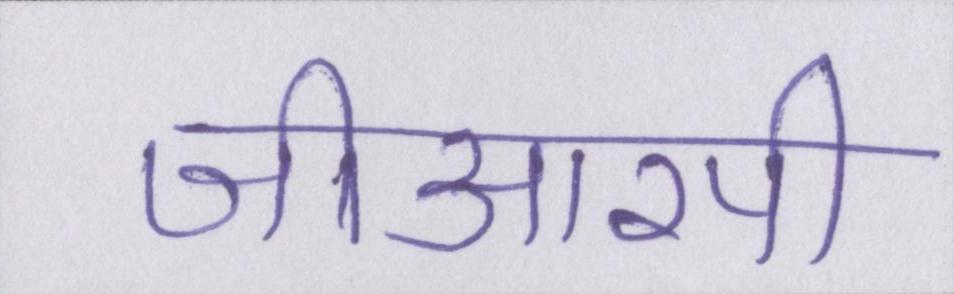
जीआरपी